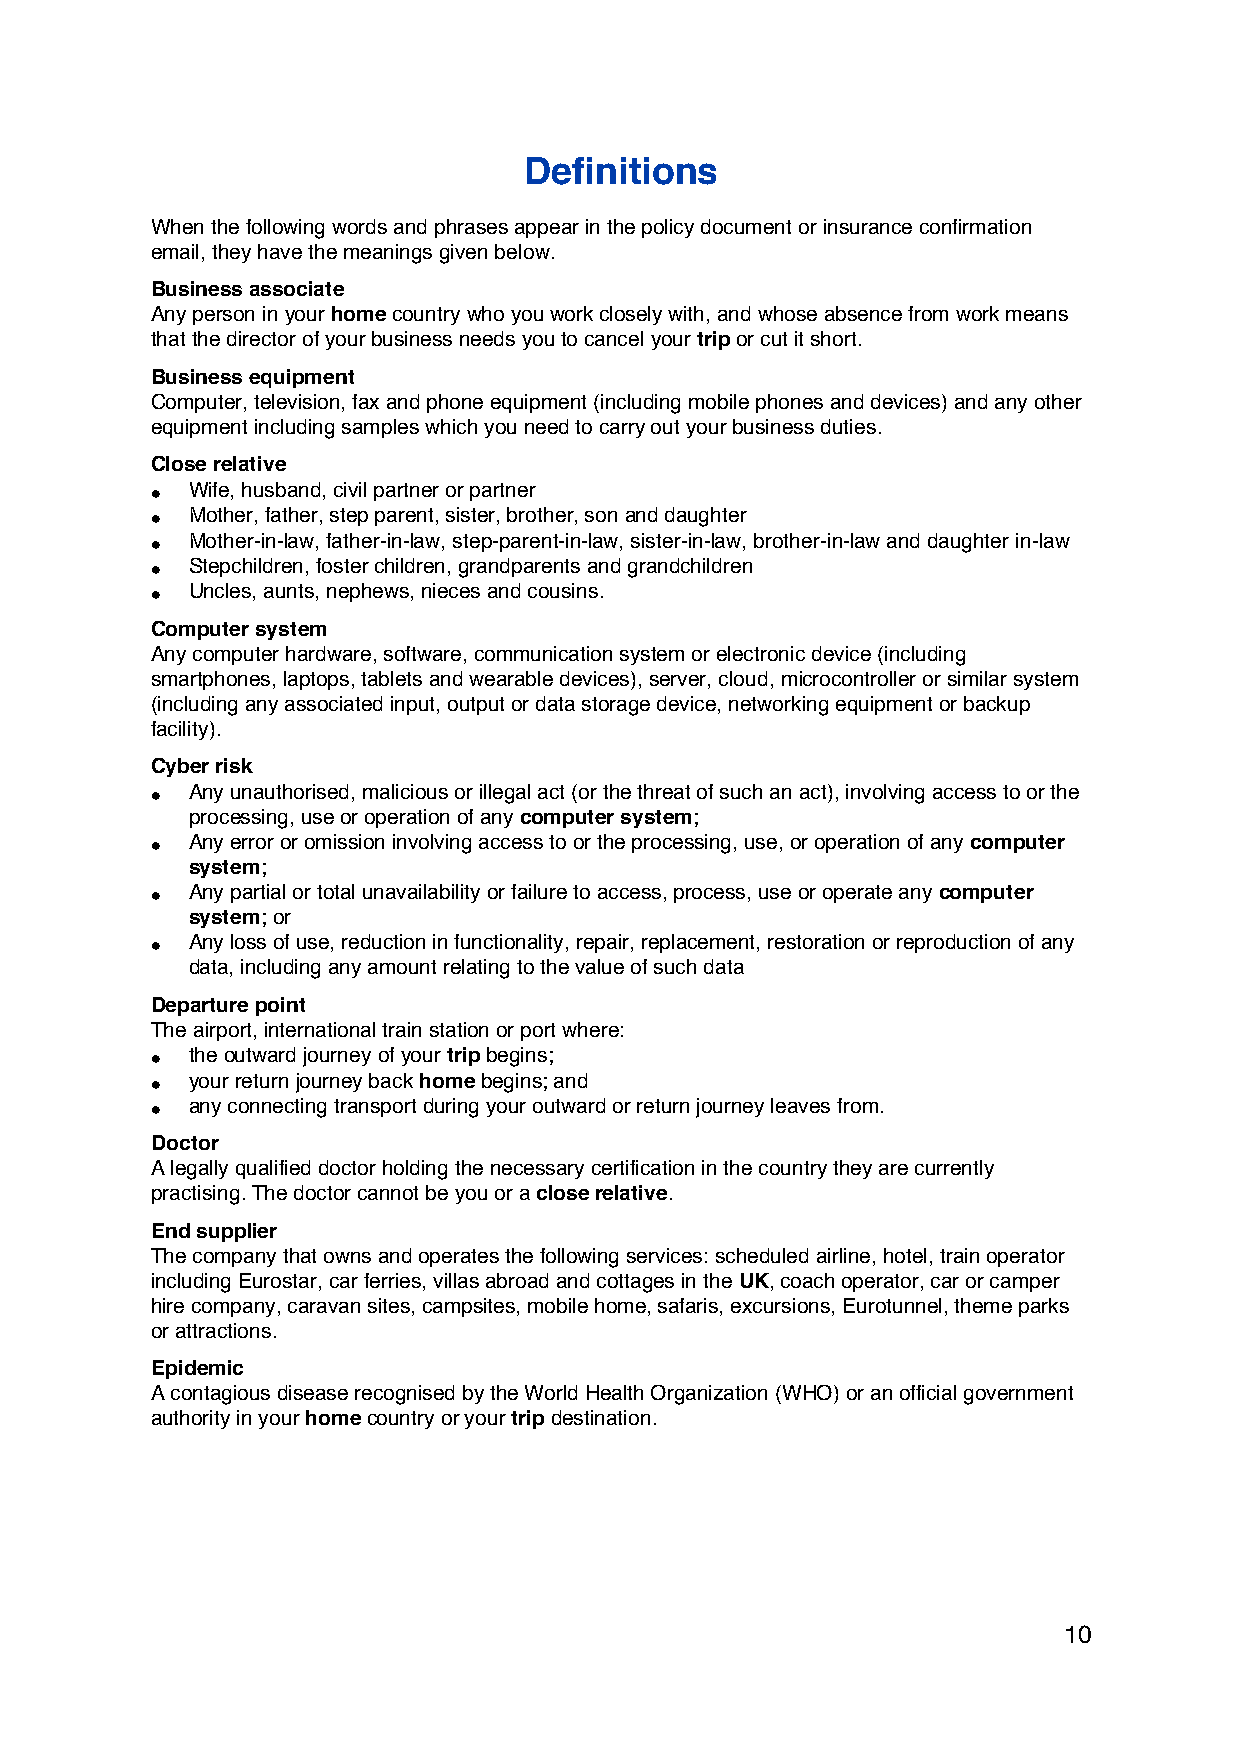
Definitions
 When the following words and phrases appear in the policy document or insurance confirmation
 email, they have the meanings given below.
 Business associate
 Any person in your home country who you work closely with, and whose absence from work means
 that the director of your business needs you to cancel your trip or cut it short.
 Business equipment
 Computer, television, fax and phone equipment (including mobile phones and devices) and any other
 equipment including samples which you need to carry out your business duties.
 Close relative
 • Wife, husband, civil partner or partner
 • Mother, father, step parent, sister, brother, son and daughter
 • Mother-in-law, father-in-law, step-parent-in-law, sister-in-law, brother-in-law and daughter in-law
 • Stepchildren, foster children, grandparents and grandchildren
 • Uncles, aunts, nephews, nieces and cousins.
 Computer system
 Any computer hardware, software, communication system or electronic device (including
 smartphones, laptops, tablets and wearable devices), server, cloud, microcontroller or similar system
 (including any associated input, output or data storage device, networking equipment or backup
 facility).
 Cyber risk
 • Any unauthorised, malicious or illegal act (or the threat of such an act), involving access to or the
 processing, use or operation of any computer system;
 • Any error or omission involving access to or the processing, use, or operation of any computer
 system;
 • Any partial or total unavailability or failure to access, process, use or operate any computer
 system; or
 • Any loss of use, reduction in functionality, repair, replacement, restoration or reproduction of any
 data, including any amount relating to the value of such data
 Departure point
 The airport, international train station or port where:
 • the outward journey of your trip begins;
 • your return journey back home begins; and
 • any connecting transport during your outward or return journey leaves from.
 Doctor
 A legally qualified doctor holding the necessary certification in the country they are currently
 practising. The doctor cannot be you or a close relative.
 End supplier
 The company that owns and operates the following services: scheduled airline, hotel, train operator
 including Eurostar, car ferries, villas abroad and cottages in the UK, coach operator, car or camper
 hire company, caravan sites, campsites, mobile home, safaris, excursions, Eurotunnel, theme parks
 or attractions.
 Epidemic
 A contagious disease recognised by the World Health Organization (WHO) or an official government
 authority in your home country or your trip destination.
 10